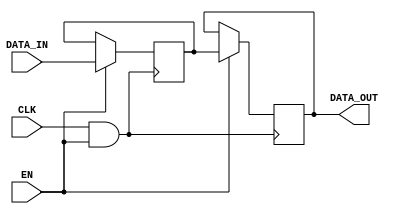
module memory_block_gating(
    input wire CLK,          // Main clock signal
    input wire EN,           // Enable signal
    input wire [7:0] DATA_IN, // Data input for the memory block
    output reg [7:0] DATA_OUT // Data output from the memory block
);

    // Memory array declaration (example size)
    reg [7:0] memory_array [0:255]; // 256x8 memory

    // Gated clock signal
    wire GCLK;
    
    // AND gate for clock gating
    assign GCLK = CLK & EN;

    always @(posedge GCLK) begin
        if (EN) begin
            // Example memory operation: Write data when enabled
            memory_array[0] <= DATA_IN; // Store data in memory
        end
    end

    always @(posedge GCLK) begin
        if (EN) begin
            // Example memory operation: Read data when enabled
            DATA_OUT <= memory_array[0]; // Read data from memory
        end
    end

endmodule